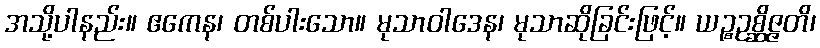
အသို့ပါနည်း။ ဧကေန၊ တစ်ပါးသော။ မုသာဝါဒေန၊ မုသာဆိုခြင်းဖြင့်။ ယဉ္စဥစ္ဆိဇ္ဇတိ၊